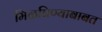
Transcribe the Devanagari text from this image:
मिळविण्याबाबत